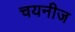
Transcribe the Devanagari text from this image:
चयनीज